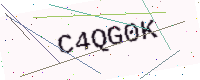
Text: C4QG0K